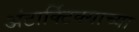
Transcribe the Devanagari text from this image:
अंटार्क्टिक्याच्या